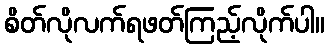
စိတ်လိုလက်ရဖတ်ကြည့်လိုက်ပါ။